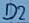
Text: D1